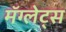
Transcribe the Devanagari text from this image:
मॅग्लेट्स